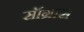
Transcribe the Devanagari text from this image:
सॉग्रास